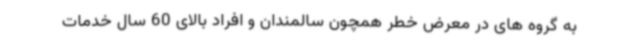
به گروه های در معرض خطر همچون سالمندان و افراد بالای 60 سال خدمات